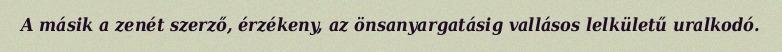
A másik a zenét szerző, érzékeny, az önsanyargatásig vallásos lelkületű uralkodó.